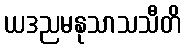
ယဒညမနုသာသသီတိ